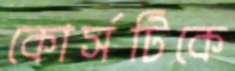
কোর্সটিকে